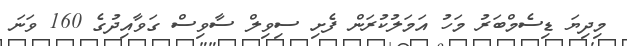
މިދިޔަ ޑިސެމްބަރު މަހު އަމަލުކުރަން ފެށި ސިވިލް ސާވިސް ގަވާއިދުގެ 160 ވަނަ